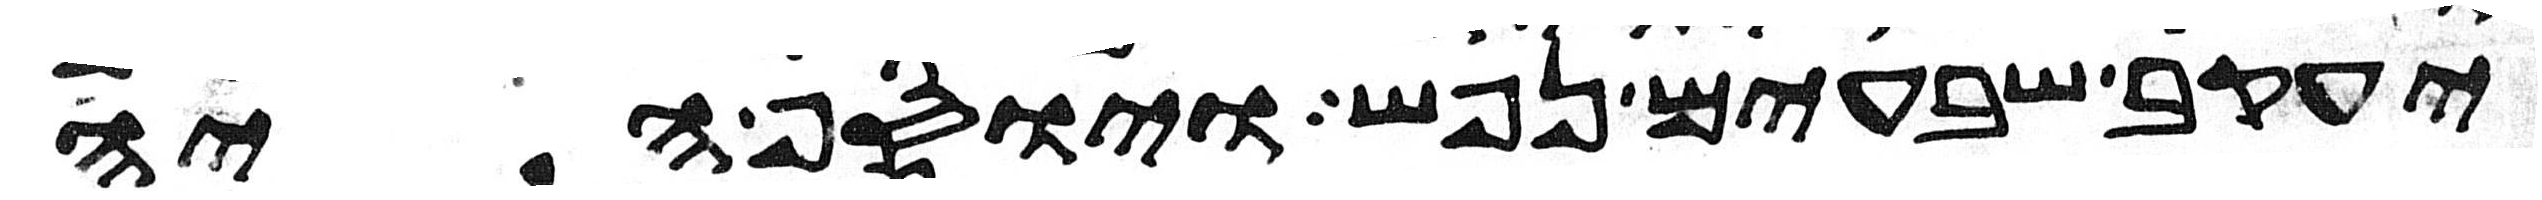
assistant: יעקב שבעים נפש ויוסף היה